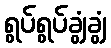
ရွပ်ရွပ်ချွံချွံ